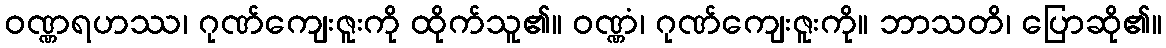
ဝဏ္ဏရဟဿ၊ ဂုဏ်ကျေးဇူးကို ထိုက်သူ၏။ ဝဏ္ဏံ၊ ဂုဏ်ကျေးဇူးကို။ ဘာသတိ၊ ပြောဆို၏။